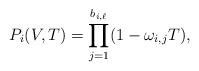
LaTeX: \begin{align*}P_i(V,T)=\prod_{j=1}^{b_{i,\ell}} (1-\omega_{i,j}T),\end{align*}